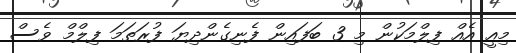
މިއީ އެއް ފިލްމަކުން މި 3 ބަފައިން ފެނިގެންދިޔަ ފުރަތަމަ ފިލްމް ވެސް